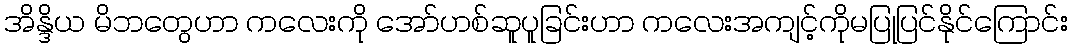
အိန္ဒိယ မိဘတွေဟာ ကလေးကို အော်ဟစ်ဆူပူခြင်းဟာ ကလေးအကျင့်ကိုမပြုပြင်နိုင်ကြောင်း